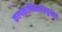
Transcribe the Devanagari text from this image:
कल्पनाधिनाथेरघुनाथे